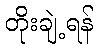
တိုးချဲ့ရန်